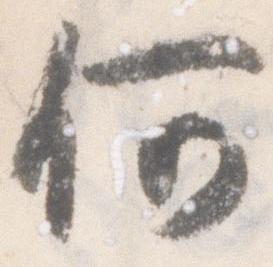
何